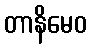
တာနိမေဝ